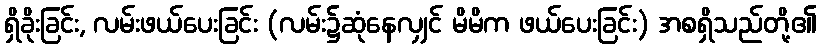
ရှိခိုးခြင်း, လမ်းဖယ်ပေးခြင်း (လမ်း၌ဆုံနေလျှင် မိမိက ဖယ်ပေးခြင်း) အစရှိသည်တို့၏